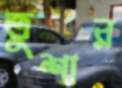
তুশার